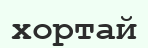
хортай